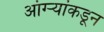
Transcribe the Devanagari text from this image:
आंग्र्‍यांकडून